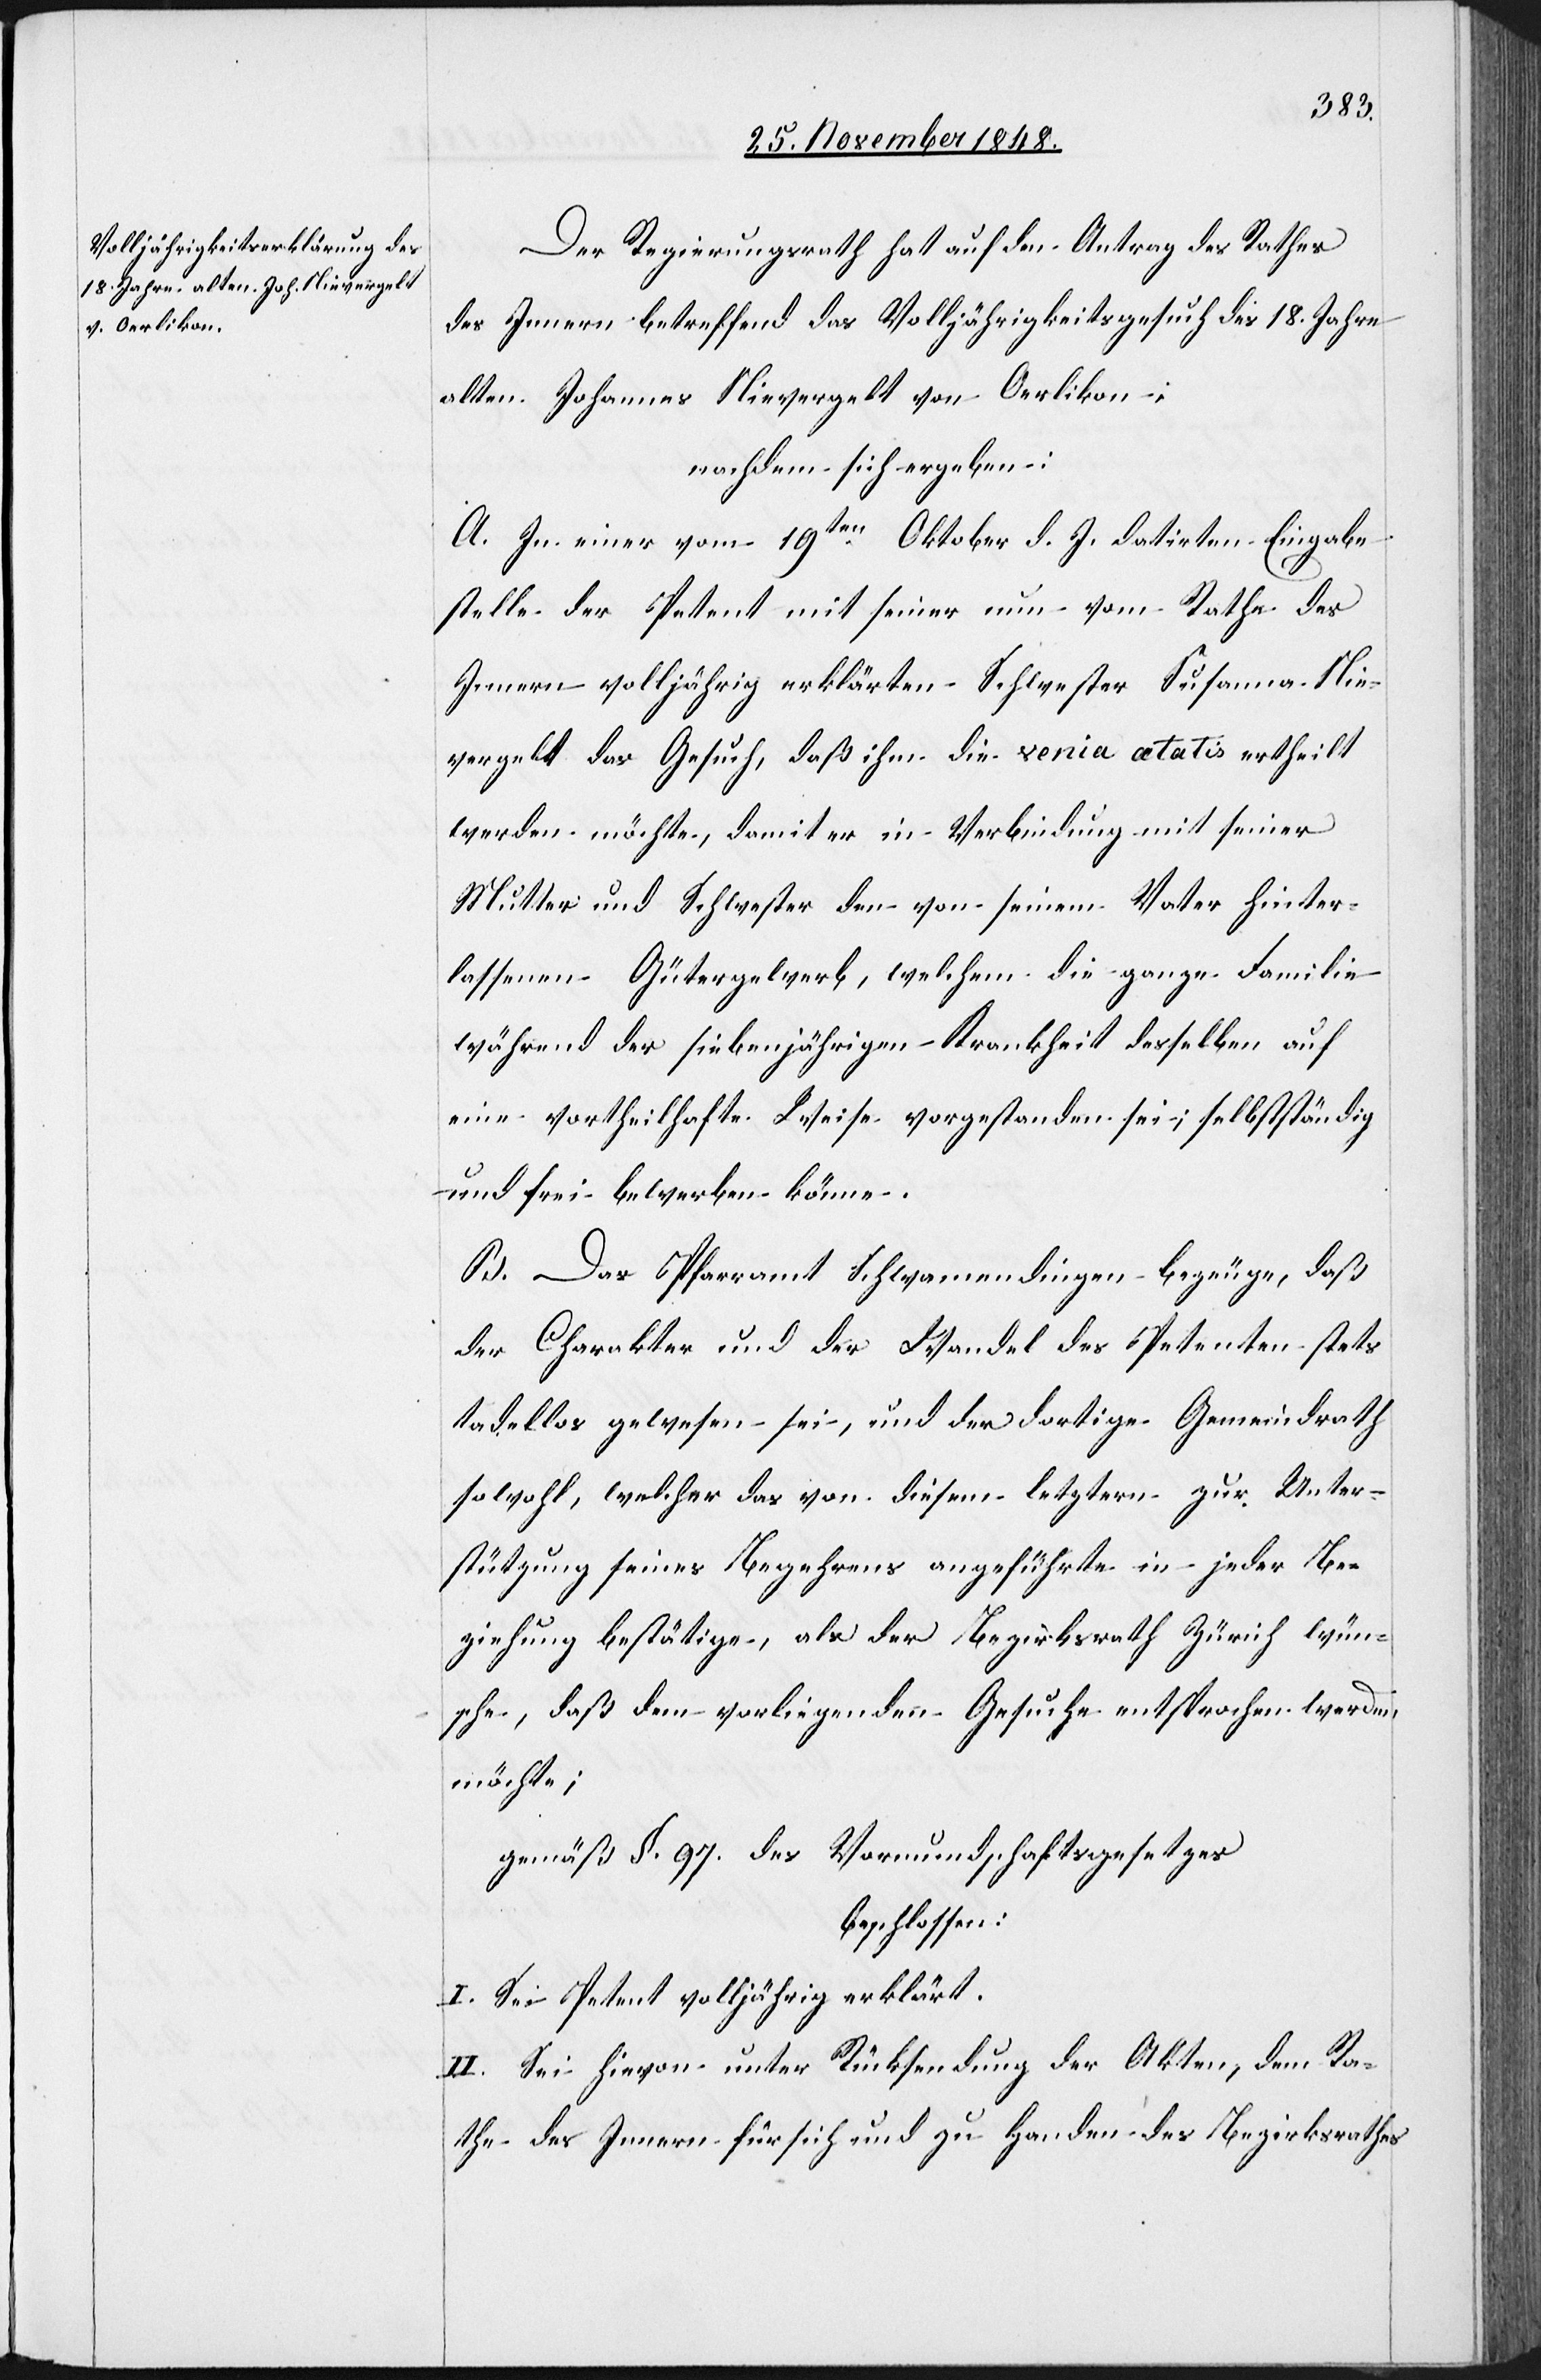
Der Regierungsrath hat auf den Antrag des Rathes
des Innern betreffend das Volljährigkeitsgesuch des 18. Jahre
alten Johannes Nievergelt von Oerlikon:
nachdem sich ergeben:
A. In einer vom 19ten Oktober d. J. datirten Eingabe
stelle der Petent mit seiner nun vom Rathe des
Innern volljährig erklärten Schwester Susanna Nie¬
vergelt das Gesuch, daß ihm die venia aetatis ertheilt
werden möchte, damit er in Verbindung mit seiner
Mutter und Schwester den von seinem Vater hinter¬
lassenen Gütergewerb, welchem die ganze Familie
während der siebenjährigen Krankheit desselben auf
eine vortheilhafte Weise vorgestanden sei; selbstständig
und frei bewerben könne.
B. Das Pfarramt Schwamendingen bezeuge, daß
der Charakter und der Wandel des Petenten stets
tadellos gewesen sei, und der dortige Gemeindrath
sowohl, welcher das von diesem letztern zur Unter¬
stützung seines Begehrens angeführte in jeder Be¬
ziehung bestätigte, als der Bezirksrath Zürich wün¬
sche, daß dem vorliegenden Gesuche entsprochen werden
möchte;
gemäß §. 97. des Vormundschaftsgesetzes
beschlossen:
I. Sei Petent volljährig erklärt.
II. Sei hievon unter Rücksendung der Akten, dem Ra¬
the des Innern für sich und zu Handen des Bezirksrathes